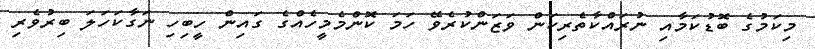
މިކަމުގެ ބޮޑުކަމާއި ނުރައްކާތެރިކަން ވަޒަންކުރެވޭ ހަމަ ކޮންމެމީހެއްގެ ގައިން ހީބިހި ނަގާކަހަލަ ބިރުވެރި